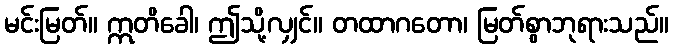
မင်းမြတ်။ ဣတိခေါ၊ ဤသို့လျှင်။ တထာဂတော၊ မြတ်စွာဘုရားသည်။